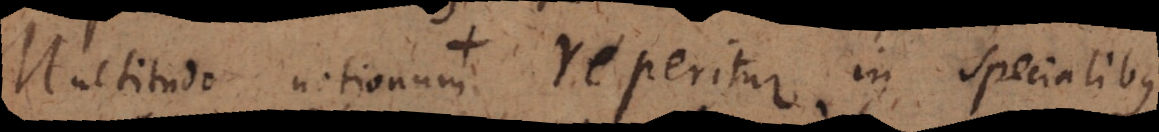
Multitudo notionum reperitur in specialibus